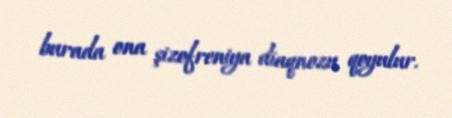
burada ona şizofreniya diaqnozu qoyulur.